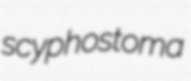
scyphostoma